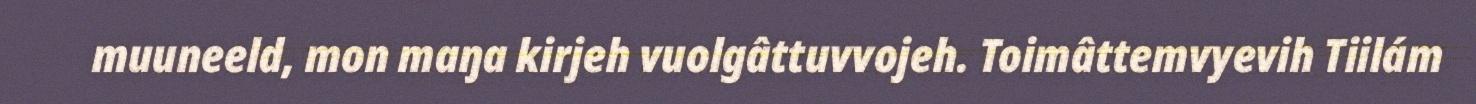
muuneeld, mon maŋa kirjeh vuolgâttuvvojeh. Toimâttemvyevih Tiilám